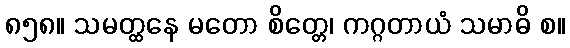
၈၅၈။ သမတ္ထနေ မတော စိတ္တေ၊ ကဂ္ဂတာယံ သမာဓိ စ။